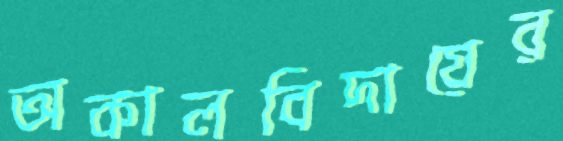
অকালবিদায়ের